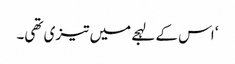
‘ اس کے لہجے میں تیزی تھی۔